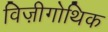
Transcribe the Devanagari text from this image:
विज़ीगोथिक